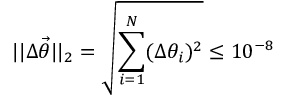
| | \Delta \vec { \theta } | | _ { 2 } = \sqrt { \sum _ { i = 1 } ^ { N } ( \Delta \theta _ { i } ) ^ { 2 } } \le 1 0 ^ { - 8 }